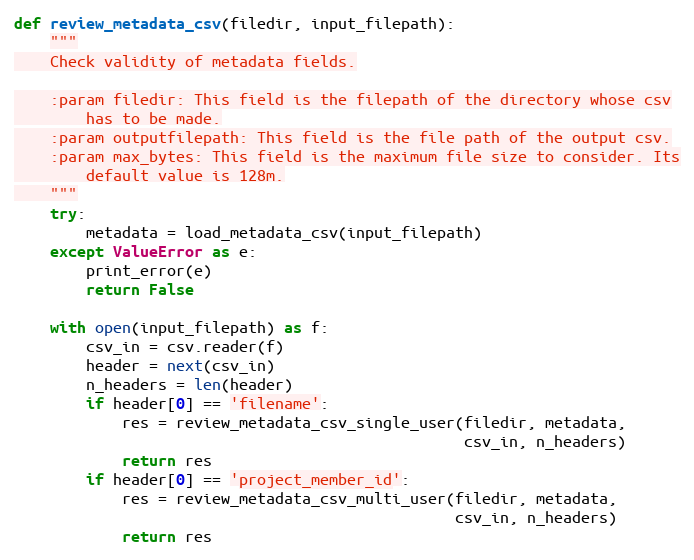
Language: Python
def review_metadata_csv(filedir, input_filepath):
    """
    Check validity of metadata fields.

    :param filedir: This field is the filepath of the directory whose csv
        has to be made.
    :param outputfilepath: This field is the file path of the output csv.
    :param max_bytes: This field is the maximum file size to consider. Its
        default value is 128m.
    """
    try:
        metadata = load_metadata_csv(input_filepath)
    except ValueError as e:
        print_error(e)
        return False

    with open(input_filepath) as f:
        csv_in = csv.reader(f)
        header = next(csv_in)
        n_headers = len(header)
        if header[0] == 'filename':
            res = review_metadata_csv_single_user(filedir, metadata,
                                                  csv_in, n_headers)
            return res
        if header[0] == 'project_member_id':
            res = review_metadata_csv_multi_user(filedir, metadata,
                                                 csv_in, n_headers)
            return res